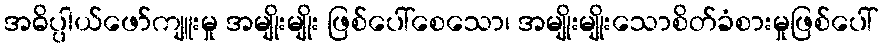
အဓိပ္ပါယ်ဖော်ကျူးမှု အမျိုးမျိုး ဖြစ်ပေါ်စေသော၊ အမျိုးမျိုးသောစိတ်ခံစားမှုဖြစ်ပေါ်